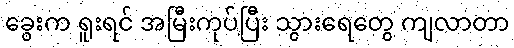
ခွေးက ရူးရင် အမြီးကုပ်ပြီး သွားရေတွေ ကျလာတာ